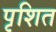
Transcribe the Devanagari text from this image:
पृशित